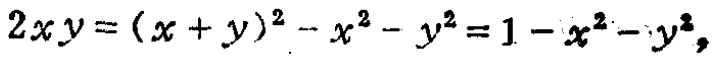
$2xy=(x + y)^2 - x^2 - y^2 = 1 - x^2 - y^2,$